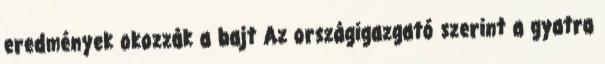
eredmények okozzák a bajt Az országigazgató szerint a gyatra